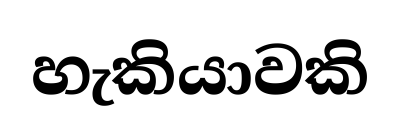
හැකියාවකි